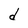
Character: d